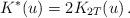
LaTeX: \begin{align*}K^*(u)=2K_{2T}(u)\,.\end{align*}